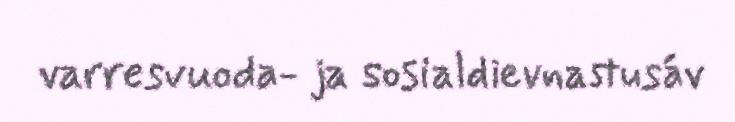
varresvuoda- ja sosialdievnastusáv